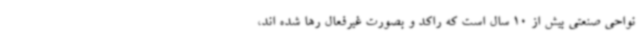
نواحی صنعتی بیش از 10 سال است که راکد و بصورت غیرفعال رها شده اند،